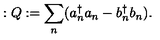
: Q : = \sum _ { n } ( a _ { n } ^ { \dagger } a _ { n } - b _ { n } ^ { \dagger } b _ { n } ) .